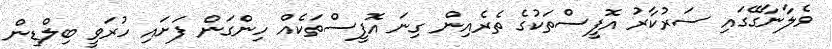
ވެލާނާގޭގައި ސަރުކާރު އޮފީސްތަކުގެ ތެރެއިން ގިނަ އޮފީސްތަކެއް ހިންގަން ފަށައި ހުރަވީ ބިލްޑިން